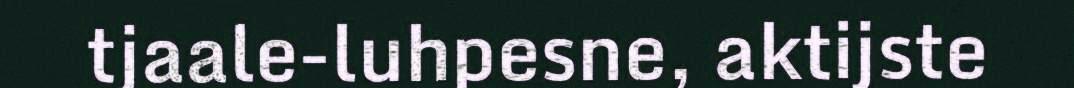
tjaale-luhpesne, aktijste